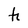
Character: h